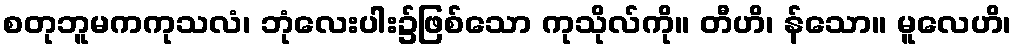
စတုဘူမကကုသလံ၊ ဘုံလေးပါး၌ဖြစ်သော ကုသိုလ်ကို။ တီဟိ၊ န်သော။ မူလေဟိ၊